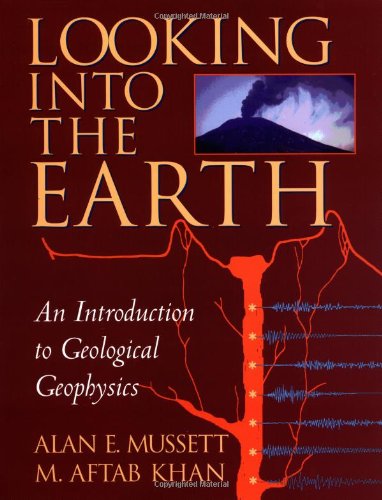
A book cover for Looking into the Earth: An Introduction to Geological Geophysics; Alan E. Mussett; Science & Math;